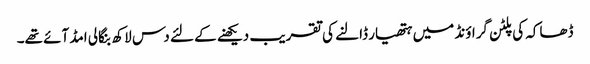
ڈھاکہ کی پلٹن گراؤنڈ میں ہتھیار ڈالنے کی تقریب دیکھنے کے لئے دس لاکھ بنگالی امڈ آئے تھے۔